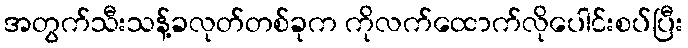
အတွက်သီးသန့်ခလုတ်တစ်ခုက ကိုလက်ထောက်လိုပေါင်းစပ်ပြီး